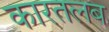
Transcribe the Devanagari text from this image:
कारतलब